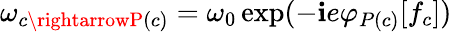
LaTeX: \omega_{c\rightarrowP(c)}=\omega_{0}\exp(-\mathbf{i}e\varphi_{P(c)}[f_{c}])